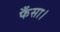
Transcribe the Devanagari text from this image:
फँसा।